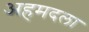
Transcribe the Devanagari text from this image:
अहमदला